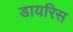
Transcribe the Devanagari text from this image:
डायरिस